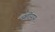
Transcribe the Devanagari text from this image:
व्यतीयाय